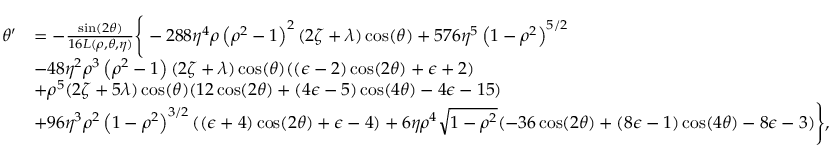
\begin{array} { r l } { \theta ^ { \prime } } & { = - \frac { \sin ( 2 \theta ) } { 1 6 L ( \rho , \theta , \eta ) } \Bigg \{ - 2 8 8 \eta ^ { 4 } \rho \left( \rho ^ { 2 } - 1 \right) ^ { 2 } ( 2 \zeta + \lambda ) \cos ( \theta ) + 5 7 6 \eta ^ { 5 } \left( 1 - \rho ^ { 2 } \right) ^ { 5 / 2 } } \\ & { - 4 8 \eta ^ { 2 } \rho ^ { 3 } \left( \rho ^ { 2 } - 1 \right) ( 2 \zeta + \lambda ) \cos ( \theta ) ( ( \epsilon - 2 ) \cos ( 2 \theta ) + \epsilon + 2 ) } \\ & { + \rho ^ { 5 } ( 2 \zeta + 5 \lambda ) \cos ( \theta ) ( 1 2 \cos ( 2 \theta ) + ( 4 \epsilon - 5 ) \cos ( 4 \theta ) - 4 \epsilon - 1 5 ) } \\ & { + 9 6 \eta ^ { 3 } \rho ^ { 2 } \left( 1 - \rho ^ { 2 } \right) ^ { 3 / 2 } ( ( \epsilon + 4 ) \cos ( 2 \theta ) + \epsilon - 4 ) + 6 \eta \rho ^ { 4 } \sqrt { 1 - \rho ^ { 2 } } ( - 3 6 \cos ( 2 \theta ) + ( 8 \epsilon - 1 ) \cos ( 4 \theta ) - 8 \epsilon - 3 ) \Bigg \} , } \end{array}